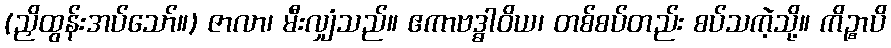
(ညှိထွန်းအပ်သော်။) ဇာလာ၊ မီးလျှံသည်။ ဧကာဗဒ္ဓါဝိယ၊ တစ်စပ်တည်း စပ်သကဲ့သို့။ ကိဉ္စာပိ